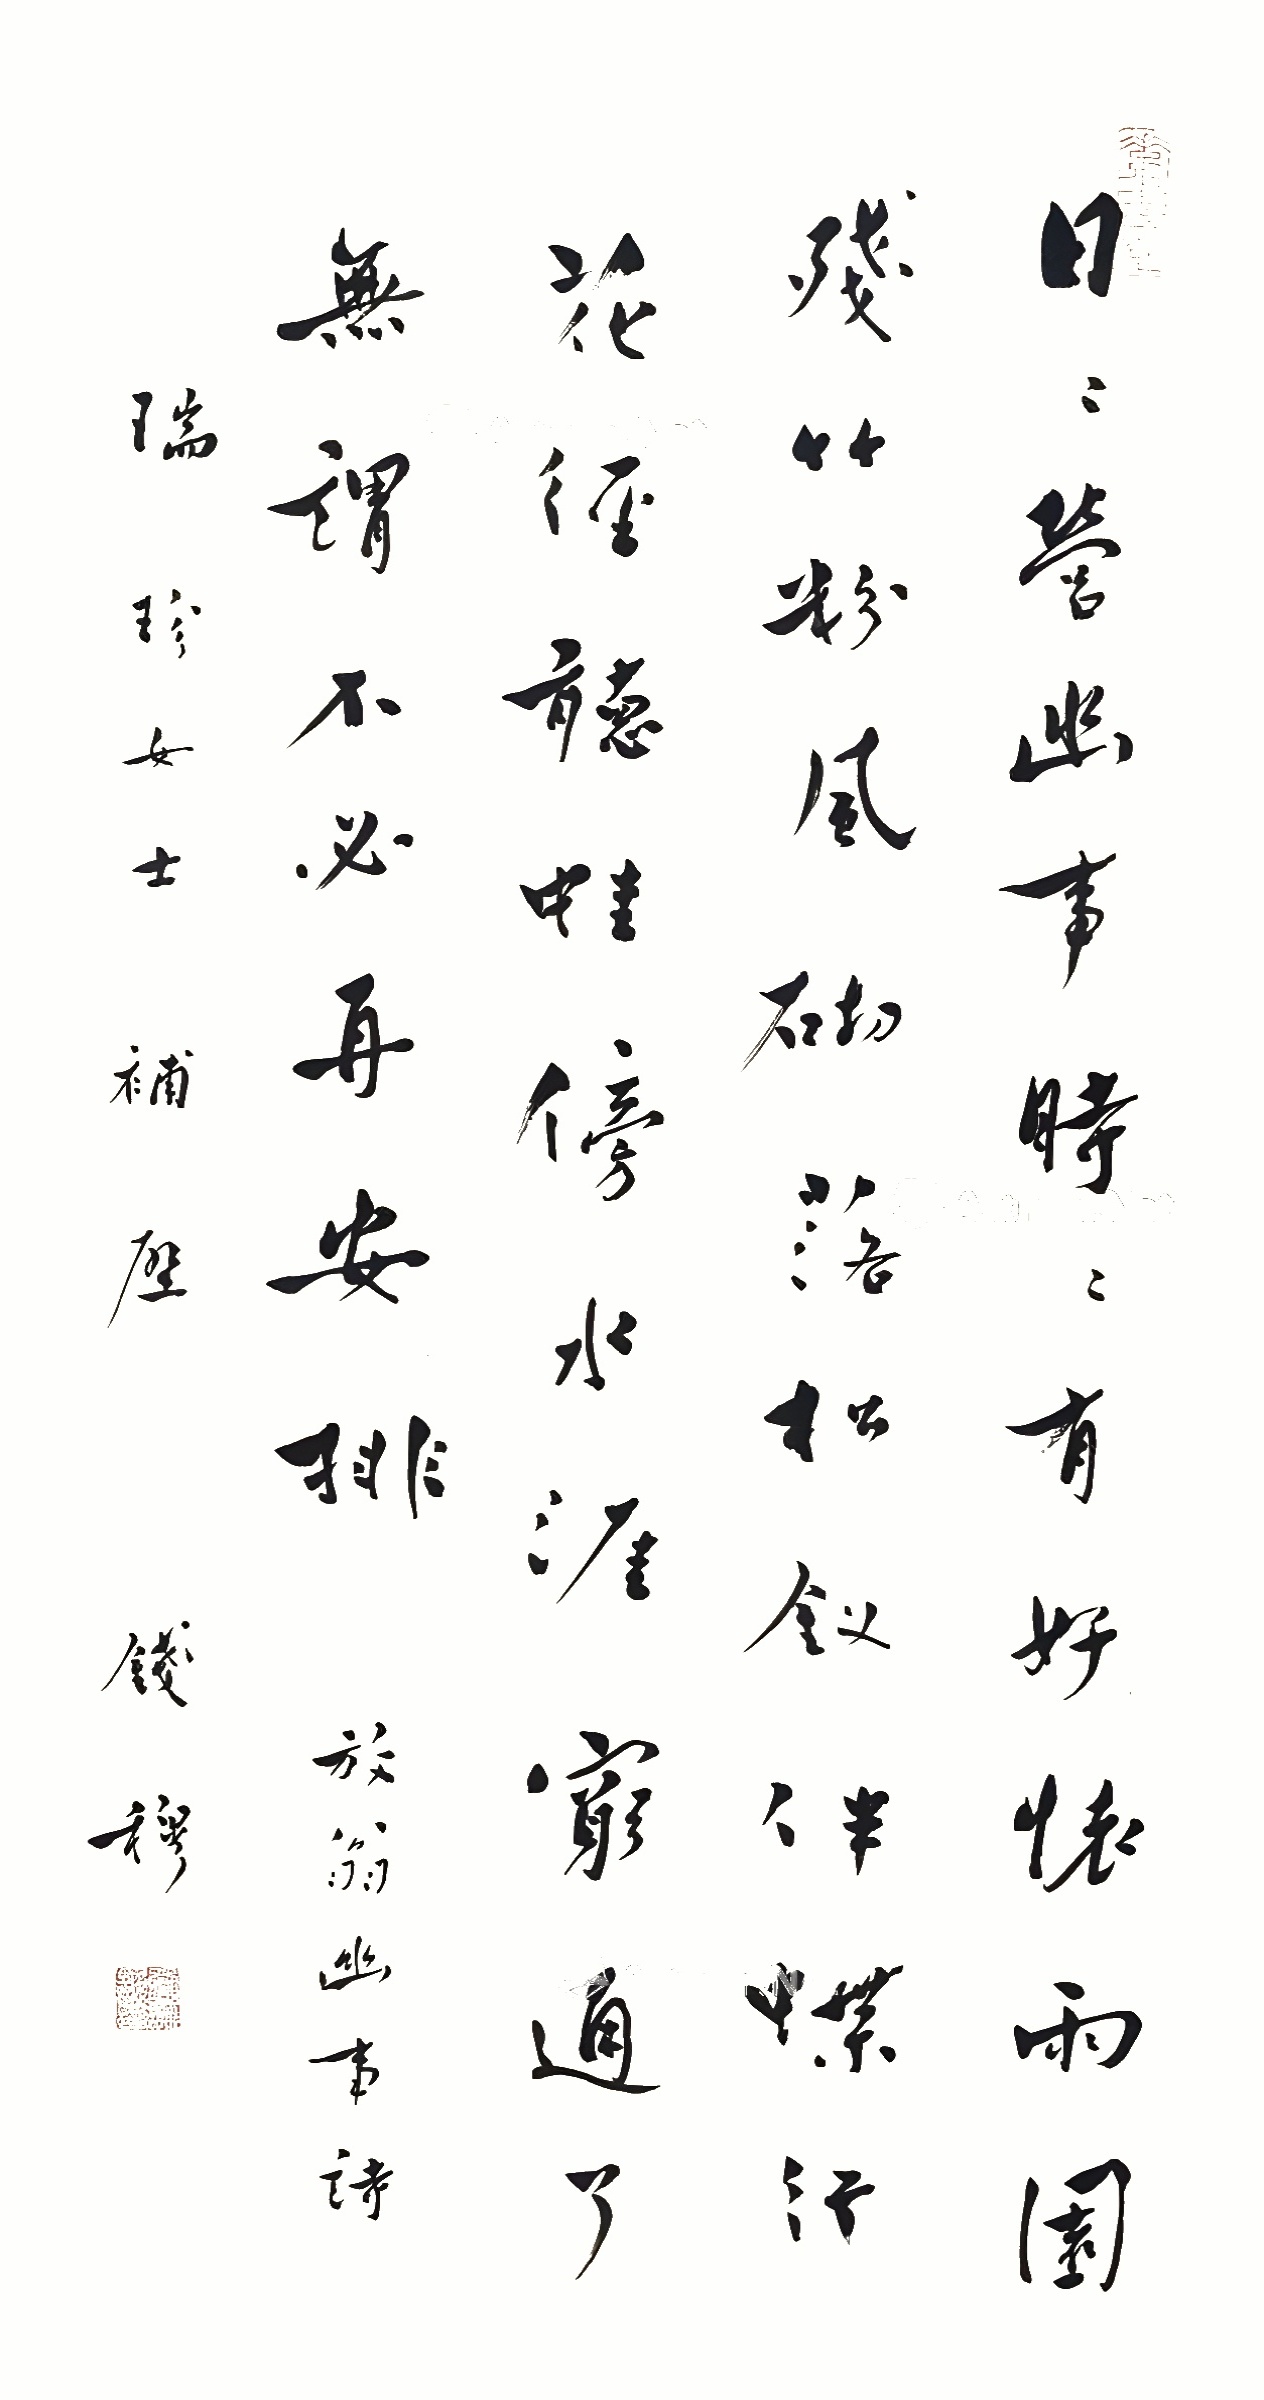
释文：日日营幽事，时时有好怀。雨园残竹粉，风砌落松钗。伴蝶行花径，听蛙傍水涯。穷通了无谓，不必再安排。放翁幽事诗。瑞珍女士补壁，钱穆。